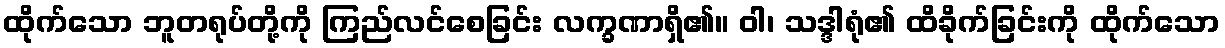
ထိုက်သော ဘူတရုပ်တို့ကို ကြည်လင်စေခြင်း လက္ခဏာရှိ၏။ ဝါ၊ သဒ္ဒါရုံ၏ ထိခိုက်ခြင်းကို ထိုက်သော